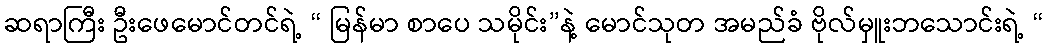
ဆရာကြီး ဦးဖေမောင်တင်ရဲ့ “ မြန်မာ စာပေ သမိုင်း”နဲ့ မောင်သုတ အမည်ခံ ဗိုလ်မှူးဘသောင်းရဲ့ “